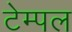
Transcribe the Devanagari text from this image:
टेम्‍पल